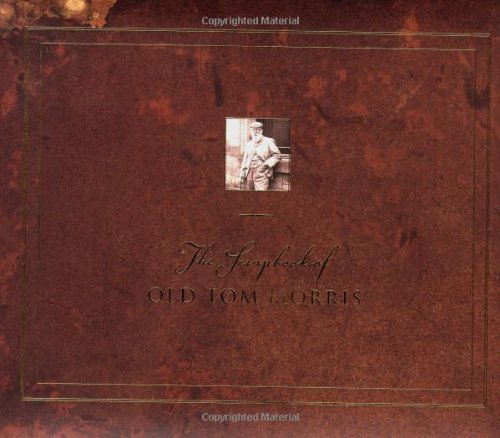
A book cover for The Scrapbook of Old Tom Morris; Old Tom Morris; Biographies & Memoirs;